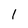
Character: 1